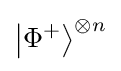
\left\vert \Phi ^{+}\right\rangle ^{\otimes n}